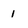
Character: 1